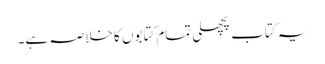
یہ کتاب پچھلی تمام کتابوں کا خلاصہ ہے۔